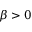
\beta > 0